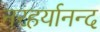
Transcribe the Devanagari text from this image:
नरहर्यानन्द